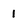
Character: 1